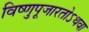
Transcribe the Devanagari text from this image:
विष्णुपूजारतोऽथवा